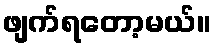
ဖျက်ရတော့မယ်။